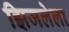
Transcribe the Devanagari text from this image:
झिजलेला